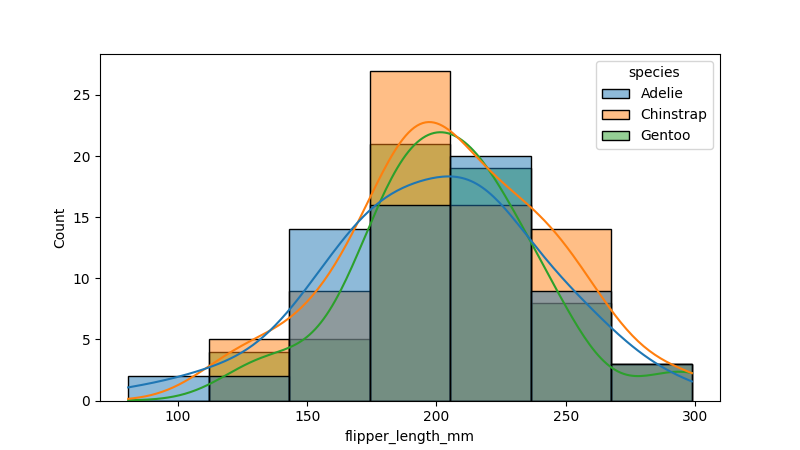
python, seaborn, histplot, hue='species', binwidth=30, bins='10', element='bars'